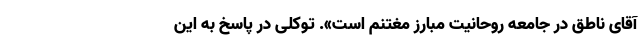
آقای ناطق در جامعه روحانیت مبارز مغتنم است». توکلی در پاسخ به این